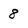
Character: 8